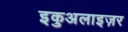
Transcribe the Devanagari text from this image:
इकुअलाइज़र